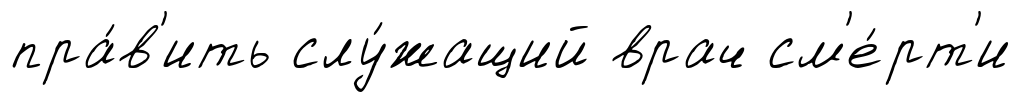
пра́в'ить слу́жащий врач см'е́рт'и